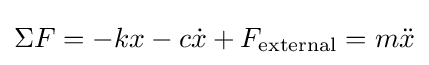
\Sigma F=-kx-c{\dot {x}}+F_{\text{external}}=m{\ddot {x}}